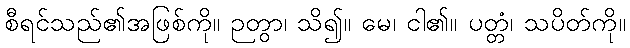
စီရင်သည်၏အဖြစ်ကို။ ဉတွာ၊ သိ၍။ မေ၊ ငါ၏။ ပတ္တံ၊ သပိတ်ကို။